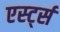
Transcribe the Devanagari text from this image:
एर्स्ट्स